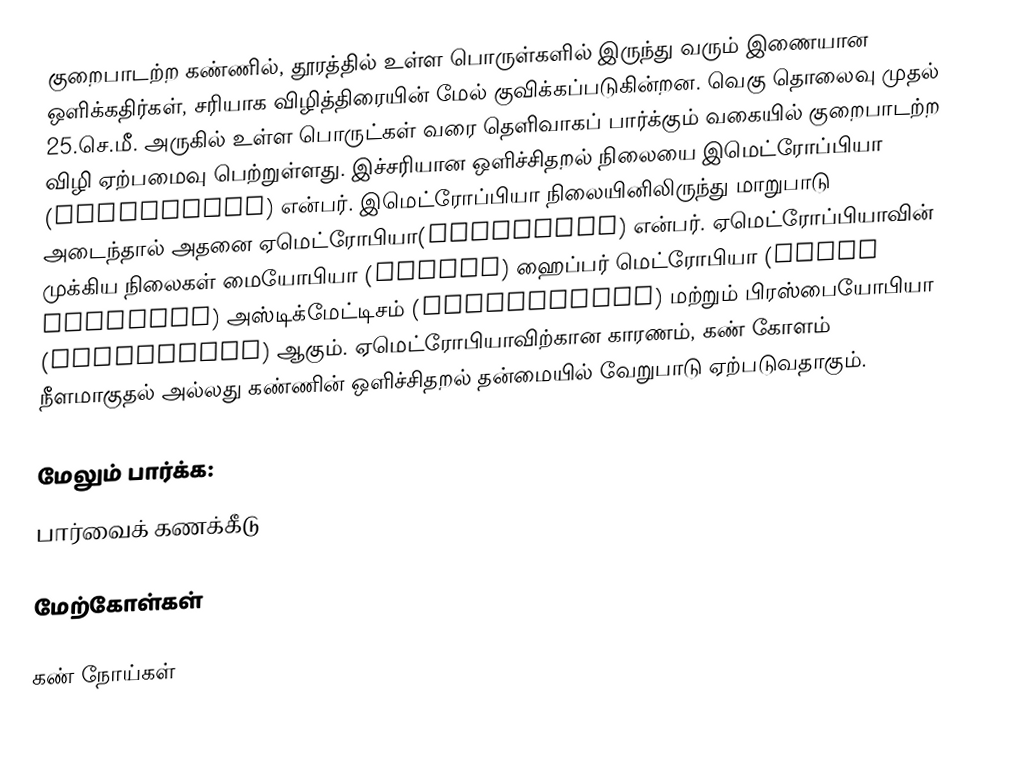
குறைபாடற்ற கண்ணில், தூரத்தில் உள்ள பொருள்களில் இருந்து வரும் இணையான ஒளிக்கதிர்கள், சரியாக விழித்திரையின் மேல் குவிக்கப்படுகின்றன. வெகு தொலைவு முதல் 25.செ.மீ. அருகில் உள்ள பொருட்கள் வரை தெளிவாகப் பார்க்கும் வகையில் குறைபாடற்ற விழி ஏற்பமைவு பெற்றுள்ளது. இச்சரியான ஒளிச்சிதறல் நிலையை இமெட்ரோப்பியா (Emmetropia) என்பர். இமெட்ரோப்பியா நிலையினிலிருந்து மாறுபாடு அடைந்தால் அதனை ஏமெட்ரோபியா(Ametropia) என்பர். ஏமெட்ரோப்பியாவின் முக்கிய நிலைகள் மையோபியா (Myopia) ஹைப்பர் மெட்ரோபியா (Hyper Metropia) அஸ்டிக்மேட்டிசம் (Astigmatism) மற்றும் பிரஸ்பையோபியா (Prespiopia) ஆகும். ஏமெட்ரோபியாவிற்கான காரணம், கண் கோளம் நீளமாகுதல் அல்லது கண்ணின் ஒளிச்சிதறல் தன்மையில் வேறுபாடு ஏற்படுவதாகும்.

மேலும் பார்க்க:
பார்வைக் கணக்கீடு

மேற்கோள்கள்

கண் நோய்கள்